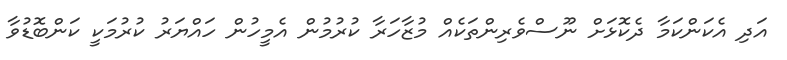
އަދި އެކަންކަމާ ދެކޮޅަށް ނޫސްވެރިންތަކެއް މުޒާހަރާ ކުރުމުން އެމީހުން ހައްޔަރު ކުރުމަކީ ކަންބޮޑުވާ